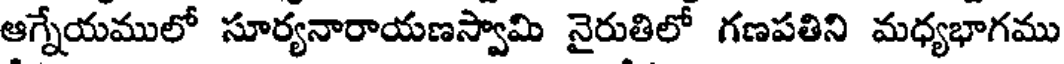
ఆగ్నేయములో సూర్యనారాయణస్వామి నైరుతిలో గణపతిని మధ్యభాగము